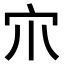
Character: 𡦾